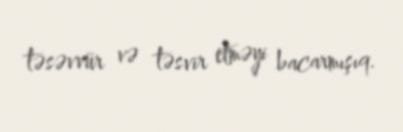
təsəvvür və təsvir etməyi bacarmışıq.